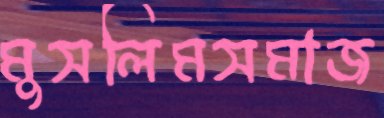
মুসলিমসমাজ